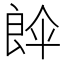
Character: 𮎘